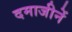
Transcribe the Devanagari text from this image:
दमाजीनें